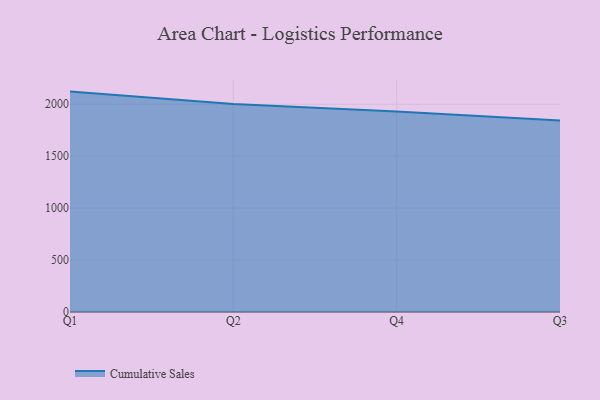
{"axis": {"x": "Quarter", "y": "Headcount"}, "legend": ["Cumulative Sales"], "data": [{"x": "Q1", "y": 2122.2, "type": "Cumulative Sales"}, {"x": "Q2", "y": 2002.0, "type": "Cumulative Sales"}, {"x": "Q4", "y": 1930.3, "type": "Cumulative Sales"}, {"x": "Q3", "y": 1842.8, "type": "Cumulative Sales"}]}